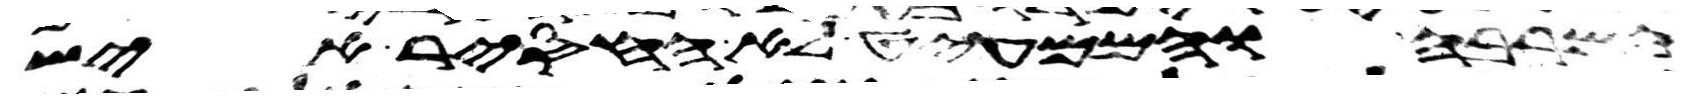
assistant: המרבה והממעיט לא החסיר איש